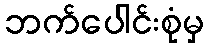
ဘက်ပေါင်းစုံမှ